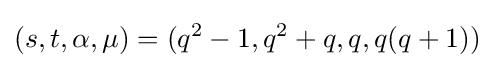
(s,t,\alpha ,\mu )=(q^{2}-1,q^{2}+q,q,q(q+1))